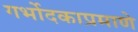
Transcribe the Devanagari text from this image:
गर्भोदकाप्रमाणे